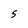
Character: S